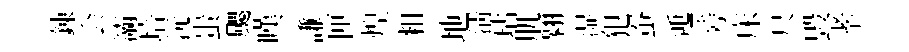
錬会灞培沅蚩颸嘆謙匣煌粗地淸玷肌翱湿犯蚕𨓱旁床尺毁孝